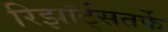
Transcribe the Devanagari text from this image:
रिझॉर्ट्‌सतर्फे